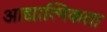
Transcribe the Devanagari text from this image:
आद्यात्मिकता